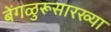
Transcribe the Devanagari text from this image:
बेंगळुरूसारख्या